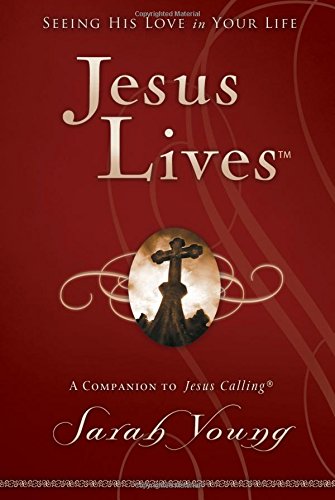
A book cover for Jesus Lives: Seeing His Love in Your Life; Sarah Young; Christian Books & Bibles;